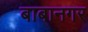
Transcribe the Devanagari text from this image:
बाबानगर